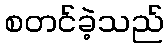
စတင်ခဲ့သည်